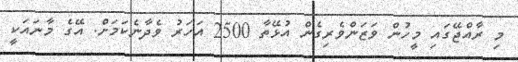
މި ރާއްޖޭގައި މީހުން ވަޒަންވެރިގެން އުޅޭތާ 2500 އަހަރު ވެދާނެކަމަށް. އޭގެ މާނައަކީ